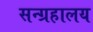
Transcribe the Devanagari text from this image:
सन्ग्रहालय